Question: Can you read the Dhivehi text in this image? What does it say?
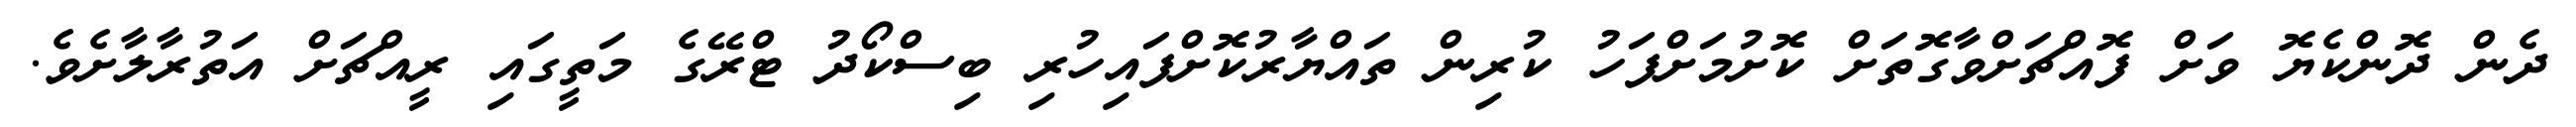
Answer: ދެން ދޮންކެޔޮ ވަށް ފޮއްޗަށްވާގޮތަށް ކޮށުމަށްފަހު ކުރިން ތައްޔާރުކޮށްފައިހުރި ބިސްކޯދު ޓްރޭގެ މަތީގައި ރީއްޗަށް އަތުރާލާށެވެ.